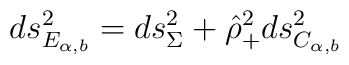
ds^2_{E_{\alpha , b}}=ds^2_\Sigma+\hat{\rho}^2_+ ds^2_{C_{\alpha , b}}